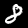
Digit: 8